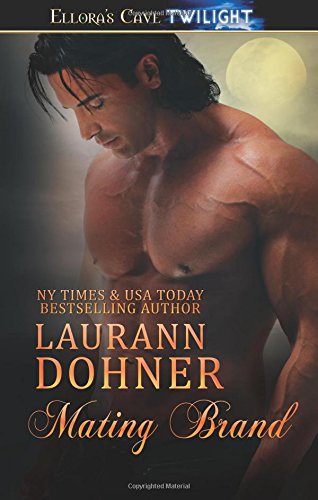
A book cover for Mating Brand (Mating Heat) (Volume 3); Laurann Dohner; Romance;